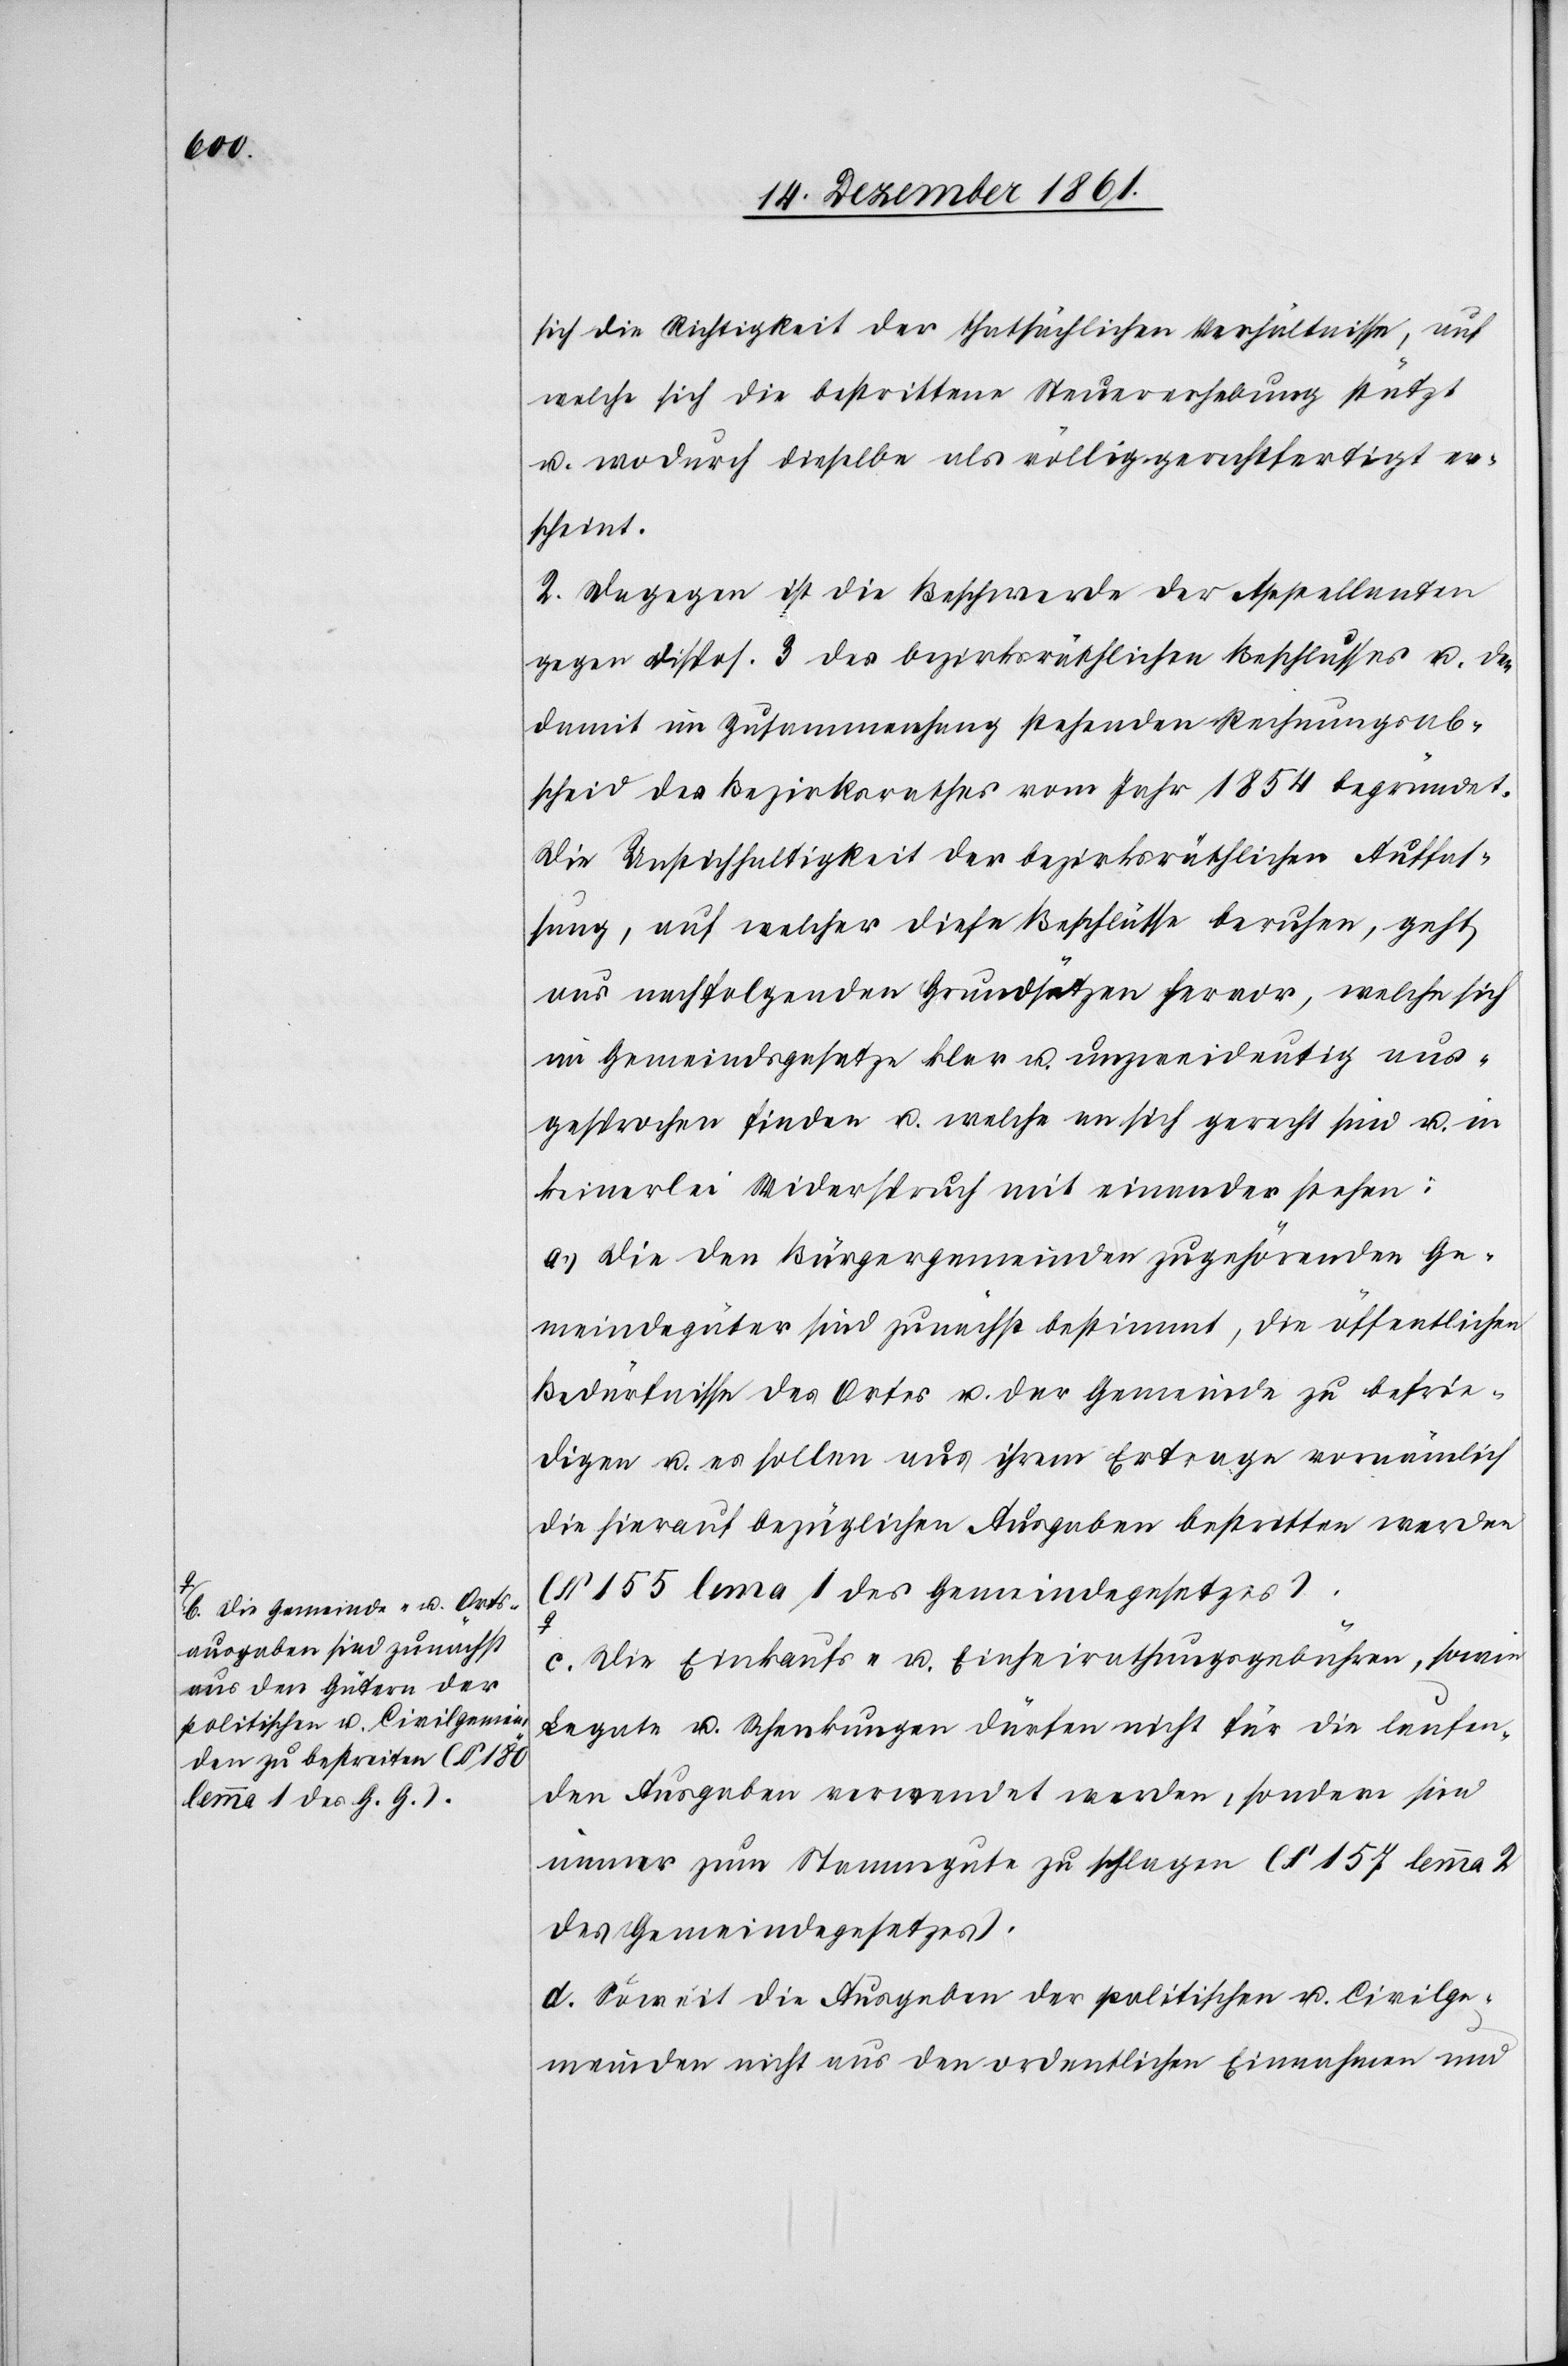
a-b. Die Gemeinde- u. Orts¬
ausgaben sind zunächst
aus den Gütern der
politischen u. Civilgemein¬
den zu bestreiten (§ 180
lemma 1 des G. G.).-a

sich die Richtigkeit der thatsächlichen Verhältnisse, auf
welche sich die bestrittene Steuererhebung stützt
u. wodurch dieselbe als völlig gerechtfertigt er¬
scheint.
2. Dagegen ist die Beschwerde der Appellanten
gegen Dispos. 3 des bezirksräthlichen Beschlusses u. den
damit im Zusammenhang stehenden Rechnungsab¬
schied des Bezirksrathes vom Jahr 1854 begründet.
Die Unstichhaltigkeit der bezirksräthlichen Auffas¬
sung, auf welcher diese Beschlüsse beruhen, geht
aus nachfolgenden Grundsätzen hervor, welche sich
im Gemeindsgesetze klar u. unzweideutig aus¬
gesprochen finden u. welche an sich gerecht sind u. in
keinerlei Widerspruch mit einander stehen:
a.) Die den Bürgergemeinden zugehörenden Ge¬
meindegüter sind zunächst bestimmt, die öffentlichen
Bedürfnisse des Ortes u. der Gemeinde zu befrie¬
digen u. es sollen aus ihrem Ertrage vornämlich
die hierauf bezüglichen Ausgaben bestritten werden
(§ 155 lema 1 des Gemeindegesetzes).
c. Die Einkaufs- u. Einheirathungsgebühren, sowie
Legate u. Schenkungen dürfen nicht für die laufen¬
den Ausgaben verwendet werden, sondern sind
immer zum Stammgute zu schlagen (§ 157 lemma 2
des Gemeindegesetzes).
d. Soweit die Ausgaben der politischen u. Civilge¬
meinden nicht aus den ordentlichen Einnahmen und